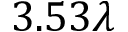
3 . 5 3 \lambda